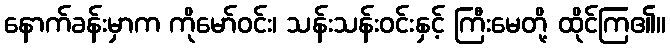
နောက်ခန်းမှာက ကိုမော်ဝင်း၊ သန်းသန်းဝင်းနှင့် ကြီးမေတို့ ထိုင်ကြ၏။